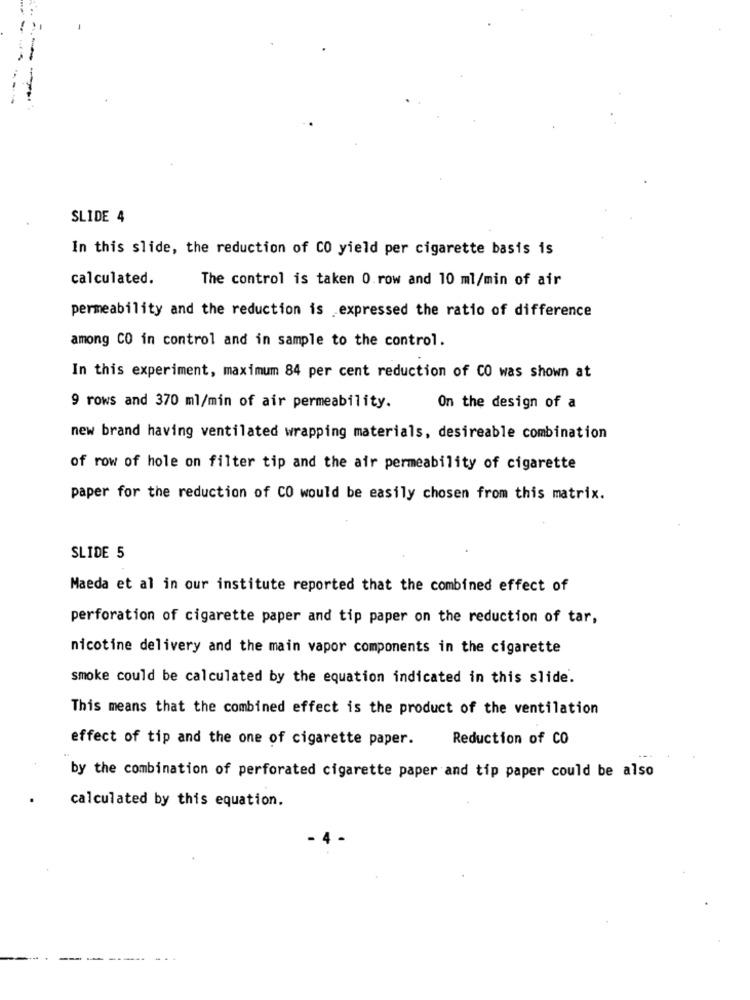
SLIDE 4
In this slide, the reduction of CO yield per cigarette basis is
calculated.
The control is taken 0.row and 10 ml/min of air
permeability and the reduction is expressed the ratio of difference
among CO in control and in sample to the control.
In this experiment, maximum 84 per cent reduction of CO was shown at
9 rows and 370 ml/min of air permeability.
On the design of a
new brand having ventilated wrapping materials, desireable combination
of row of hole on filter tip and the air permeability of cigarette
paper for the reduction of CO would be easily chosen from this matrix.
SLIDE 5
Maeda et al in our institute reported that the combined effect of
perforation of cigarette paper and tip paper on the reduction of tar,
nicotine delivery and the main vapor components in the cigarette
smoke could be calculated by the equation indicated in this slide.
This means that the combined effect is the product of the ventilation
effect of tip and the one of cigarette paper.
Reduction of CO
by the combination of perforated cigarette paper and tip paper could be also
calculated by this equation.
- 4